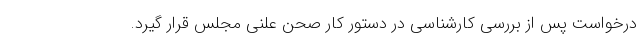
درخواست پس از بررسی کارشناسی در دستور کار صحن علنی مجلس قرار گیرد.